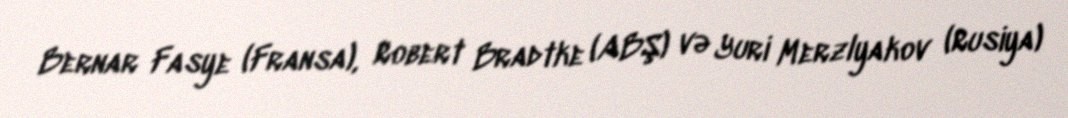
Bernar Fasye (Fransa), Robert Bradtke (ABŞ) və Yuri Merzlyakov (Rusiya)